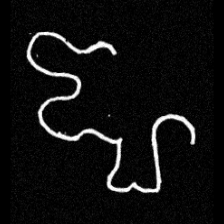
Pyu character \u2014 Myanmar letter: ဈ (romanized: jha)